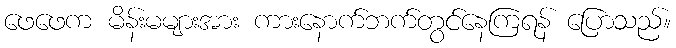
ဖေဖေက မိန်းမများအား ကားနောက်ဘက်တွင်နေကြရန် ပြောသည်။